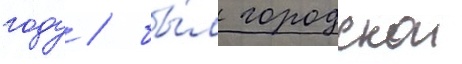
году / бы́л городскои